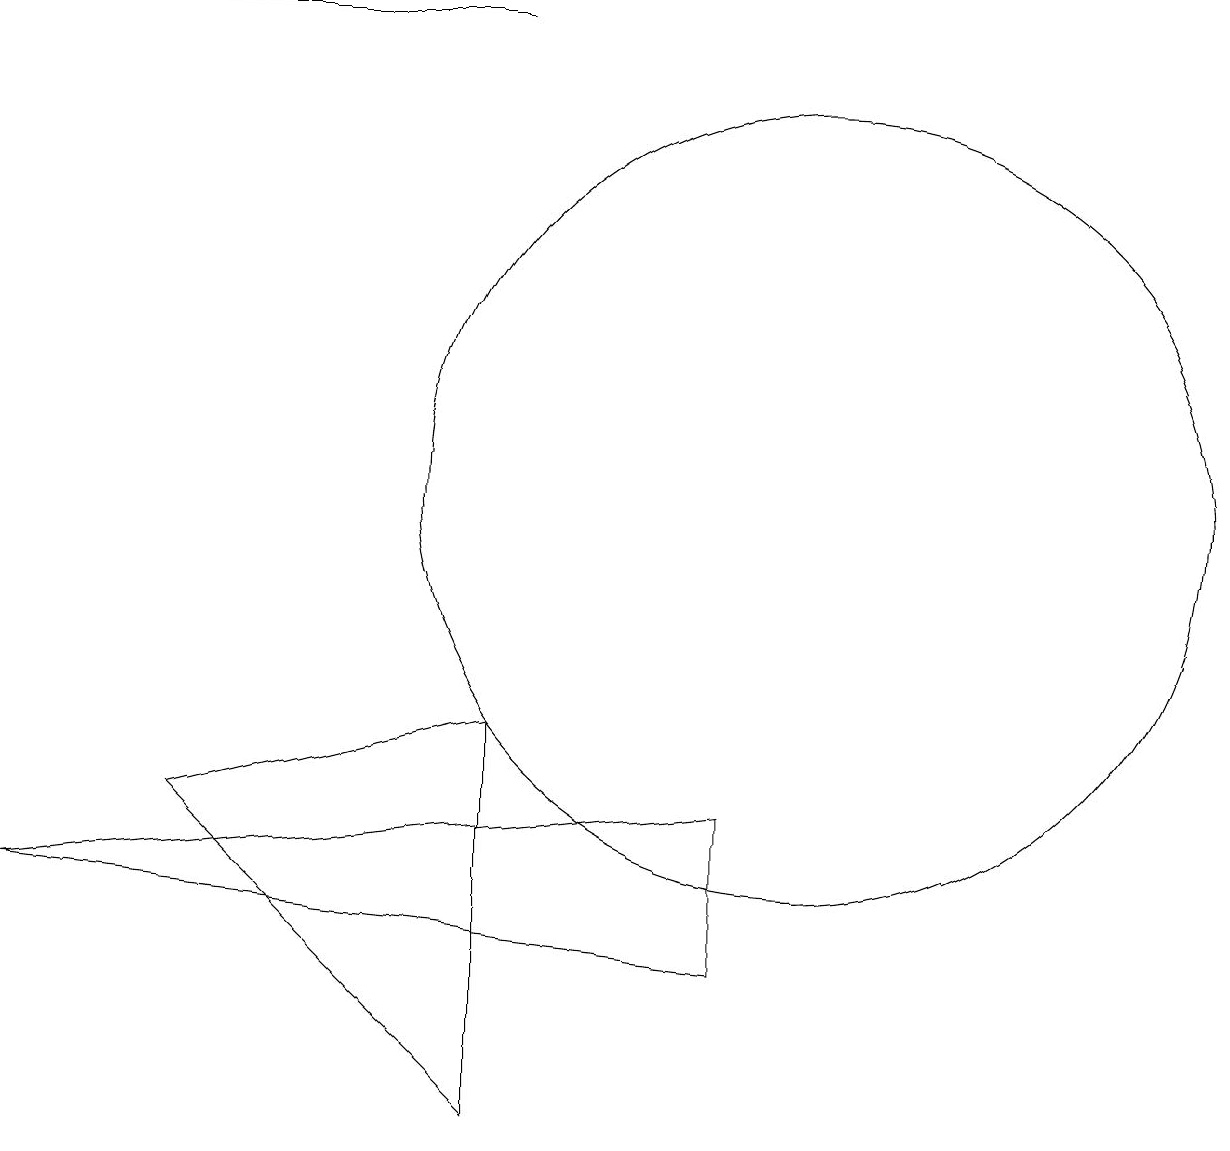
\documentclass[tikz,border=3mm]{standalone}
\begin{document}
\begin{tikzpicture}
\draw (2,7) -- (6,8) -- (6,3) -- cycle;
\draw (9,7) -- (0,6) -- (9,5) -- cycle;
\draw (10,11) circle (5);
\draw (1,17) rectangle (6,17);
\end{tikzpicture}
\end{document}